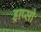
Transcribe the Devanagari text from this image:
ड्राप्सी